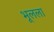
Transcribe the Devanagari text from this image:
भूलला